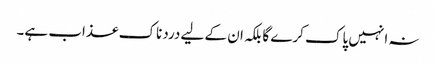
نہ انہیں پاک کرے گا بلکہ ان کے لیے دردناک عذاب ہے۔